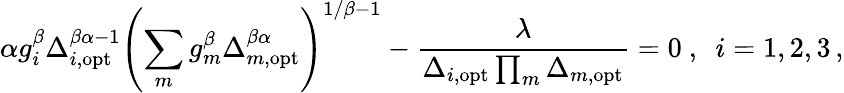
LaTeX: \alpha g_{i}^{\beta}\Delta_{i,\mathrm{opt}}^{\beta\alpha-1}\left(\sum_{m}g_{m}^{\beta}\Delta_{m,\mathrm{opt}}^{\beta\alpha}\right)^{1/\beta-1}-\frac{\lambda}{\Delta_{i,\mathrm{opt}}\prod_{m}\Delta_{m,\mathrm{opt}}}=0\ ,\ \ i=1,2,3\, ,